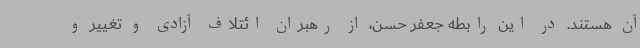
آن هستند. در این رابطه جعفر حسن، از رهبران ائتلاف آزادی و تغییر و